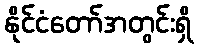
နိုင်ငံတော်အတွင်းရှိ